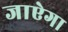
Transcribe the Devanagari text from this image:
जाऐगा